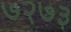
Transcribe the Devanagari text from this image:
७२७३